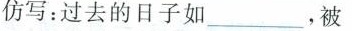
仿写：过去的日子如___，被